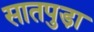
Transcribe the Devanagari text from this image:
सातपुडा़